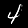
Label: 4